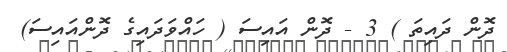
ދޮން ދައިތަ ) 3 - ދޮން އައިސަ ( ހައްވަދައިގެ ދޮންއައިސަ)